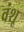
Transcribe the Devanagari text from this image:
वंशू